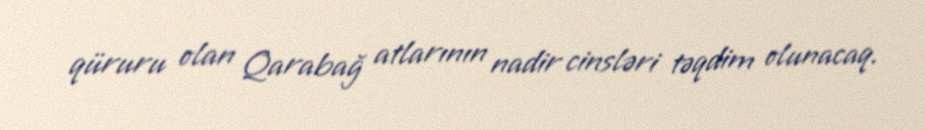
qüruru olan Qarabağ atlarının nadir cinsləri təqdim olunacaq.